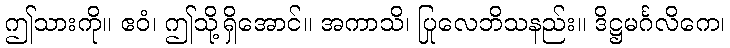
ဤသားကို။ ဧဝံ၊ ဤသို့ရှိအောင်။ အကာသိ၊ ပြုလေဘိသနည်း။ ဒိဋ္ဌမင်္ဂလိကေ၊